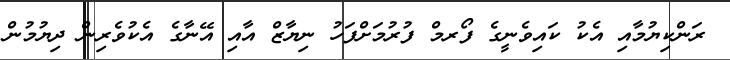
ރަންކިޔުމާއި އެކު ކައިވެނީގެ ފޯރމް ފުރުމަށްފަހު ނިޔާޒް އާއި އޭނާގެ އެކުވެރިން ދިޔުމުން